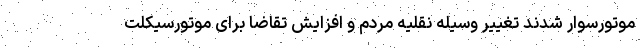
موتورسوار ‌شدند تغییر وسیله نقلیه مردم و افزایش تقاضا برای موتورسیکلت